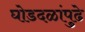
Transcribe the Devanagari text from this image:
घोडदळांपुढे